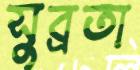
সুব্রতা